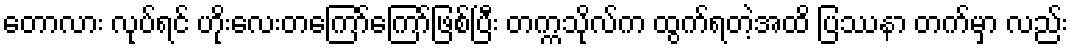
တောလား လုပ်ရင် ဟိုးလေးတကြော်ကြော်ဖြစ်ပြီး တက္ကသိုလ်က ထွက်ရတဲ့အထိ ပြဿနာ တက်မှာ လည်း